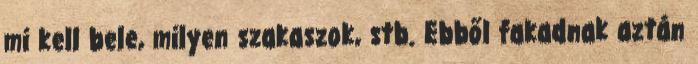
mi kell bele, milyen szakaszok, stb. Ebből fakadnak aztán